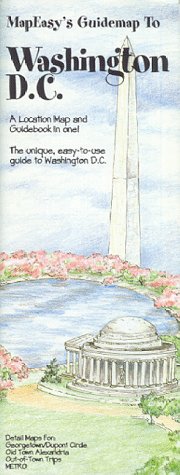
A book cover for MapEasy's Guidemap to Washington D.C.; Inc. MapEasy; Travel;